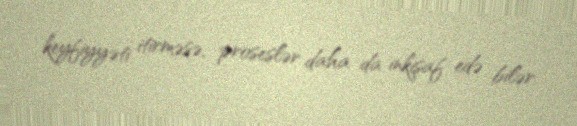
keyfiyyəti itirməsə, proseslər daha da inkişaf edə bilər.